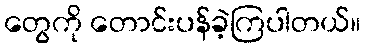
တွေကို တောင်းပန်ခဲ့ကြပါတယ်။